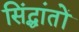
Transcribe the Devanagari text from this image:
सिंद्धांतों